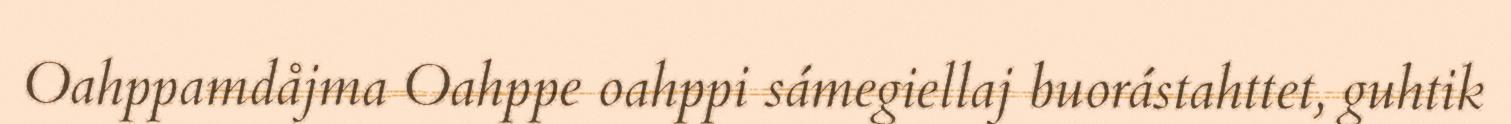
Oahppamdåjma Oahppe oahppi sámegiellaj buorástahttet, guhtik